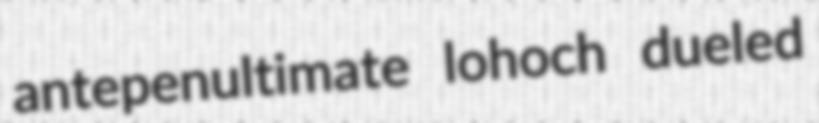
antepenultimate lohoch dueled